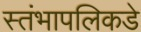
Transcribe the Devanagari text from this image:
स्तंभापलिकडे